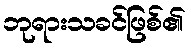
ဘုရားသခင်ဖြစ်၏